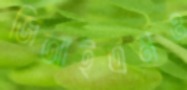
জিআইএমও